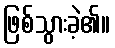
ဖြစ်သွားခဲ့၏။